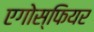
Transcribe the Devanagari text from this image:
एगोस्फियर